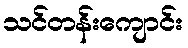
သင်တန်းကျောင်း